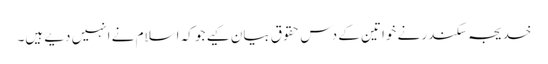
خدیجہ سکندر نے خواتین کے دس حقوق بیان کیے جو کہ اسلام نے انہیں دیے ہیں۔